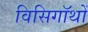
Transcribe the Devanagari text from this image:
विसिगॉथों